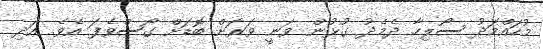
މުހައްމަދު ސޯލިހާ ދެމެދު ގުޅުން ވަނީ ވަރަށް ބޮޑަށް ގޯސްވެފަ އެވެ. އަދި